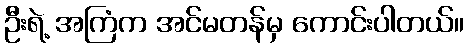
ဦးရဲ့ အကြံက အင်မတန်မှ ကောင်းပါတယ်။